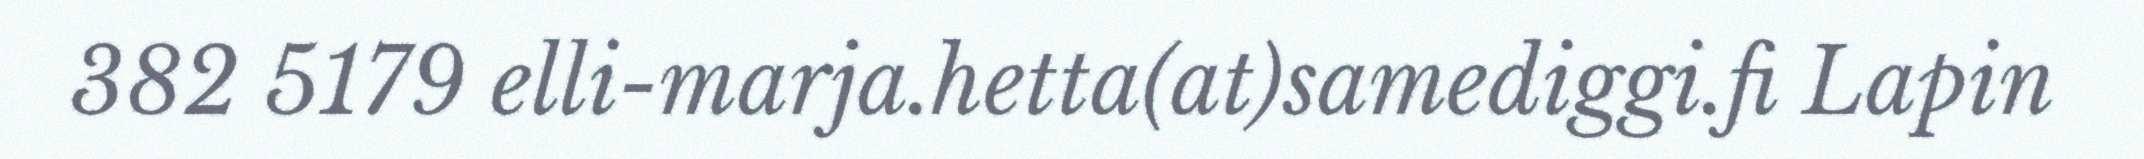
382 5179 elli-marja.hetta(at)samediggi.fi Lapin